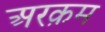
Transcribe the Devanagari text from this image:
अरक़म